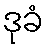
ဒုခံ